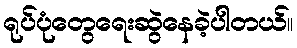
ရုပ်ပုံတွေရေးဆွဲနေခဲ့ပါတယ်။